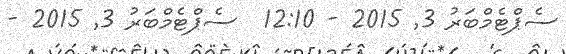
ސެޕްޓެމްބަރު 3